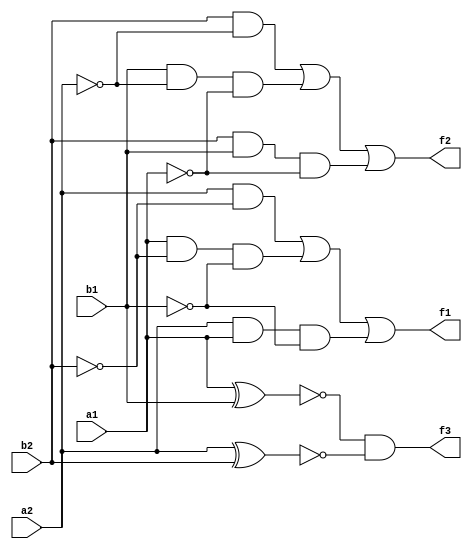
`timescale 1ns / 1ps
//////////////////////////////////////////////////////////////////////////////////
// Company: 
// Engineer: 
// 
// Design Name: 
// Module Name: inv
// Project Name: 
// Target Devices: 
// Tool Versions: 
// Description: 
// 
// Dependencies: 
// 
// Revision:
// Revision 0.01 - File Created
// Additional Comments: 
// 
//////////////////////////////////////////////////////////////////////////////////


module inv(
    input a1, a2, b1, b2,
    output f1, f2, f3
    );
    assign f1 = (a2&(~b2))|(a1&(~b2)&(~b1))|(a2&a1&(~b1));
    assign f2 = (b2&(~a2))|(b1&(~a2)&(~a1))|(b2&b1&(~a1));
    assign f3 = (~(a1^b1))&(~(a2^b2));
endmodule